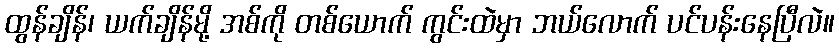
ထွန်ချိန်၊ ယက်ချိန်မို့ အစ်ကို တစ်ယောက် ကွင်းထဲမှာ ဘယ်လောက် ပင်ပန်းနေပြီလဲ။